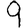
Digit: 9